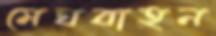
মেঘবাহন